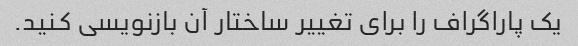
یک پاراگراف را برای تغییر ساختار آن بازنویسی کنید.